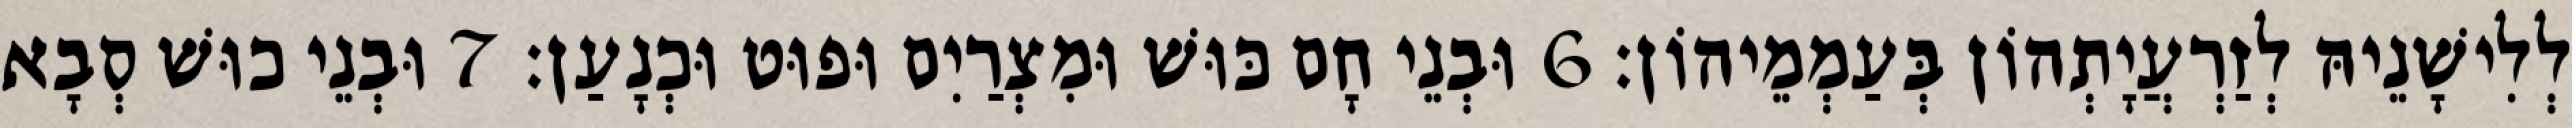
לְלִישָׁנֵיהּ לְזַרְעֲיָתְהוֹן בְּעַמְמֵיהוֹן׃ 6 וּבְנֵי חָם כּוּשׁ וּמִצְרַיִם וּפוּט וּכְנָעַן׃ 7 וּבְנֵי כוּשׁ סְבָא